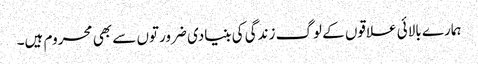
ہمارے بالائی علاقوں کے لوگ زندگی کی بنیادی ضرورتوں سے بھی محروم ہیں۔